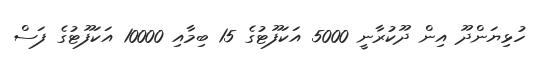
ހުޅިޔަންދޫ އިން ދޫކުރާނީ 5000 އަކަފޫޓުގެ 15 ބިމާއި 10000 އަކަފޫޓުގެ ފަސް